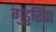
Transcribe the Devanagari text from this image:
गुंडुरिपा